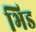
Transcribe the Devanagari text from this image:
भिड